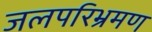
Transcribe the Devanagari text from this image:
जलपरिभ्रमण